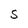
Character: S